Day School Certificate (Higher), 1934
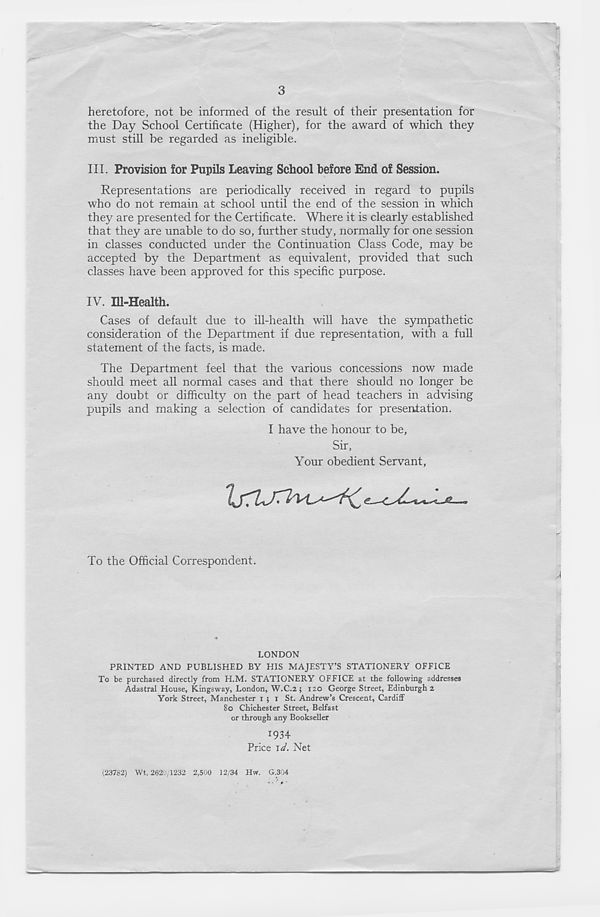
3
heretofore, not be informed of the result of their presentation for
the Day School Certificate (Higher), for the award of which they
must still be regarded as ineligible.
III. Provision for Pupils Leaving School before End of Session.
Representations are periodically received in regard to pupils
who do not remain at school until the end of the session in which
they are presented for the Certificate. Where it is clearly established
that they are unable to do so, further study, normally for one session
in classes conducted under the Continuation Class Code, may be
accepted by the Department as equivalent, provided that such
classes have been approved for this specific purpose.
IV. Ill-Health.
Cases of default due to ill-health will have the sympathetic
consideration of the Department if due representation, with a full
statement of the facts, is made.
The Department feel that the various concessions now made
should meet all normal cases and that there should no longer be
any doubt or difficulty on the part of head teachers in advising
pupils and making a selection of candidates for presentation.
I have the honour to be.
Sir,
Your obedient Servant,
To the Official Correspondent.
LONDON
PRINTED AND PUBLISHED BY HIS MAJESTY’S STATIONERY OFFICE
To be purchased directly from H.M. STATIONERY OFFICE at the following addresses
Adastral House, Kingsway, London, W.C.2; 120 George Street, Edinburgh 2
York Street, Manchester 1 ; x St. Andrew’s Crescent, Cardiff
80 Chichester Street, Belfast
or through any Bookseller
1934
Price 1^. Net
(23782) Wt. 2620/1232 2,500 12/34 Hw. 0.334